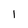
Character: l